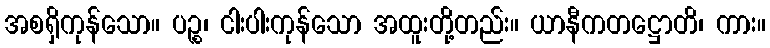
အစရှိကုန်သော။ ပဉ္စ၊ ငါးပါးကုန်သော အထူးတို့တည်း။ ယာနီကတဋ္ဌောတိ၊ ကား။